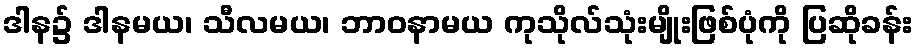
ဒါန၌ ဒါနမယ၊ သီလမယ၊ ဘာဝနာမယ ကုသိုလ်သုံးမျိုးဖြစ်ပုံကို ပြဆိုခန်း